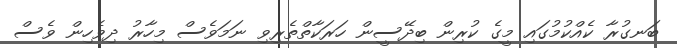
ބަނގުރާ ކެއްކުމުގައި މީގެ ކުރިން ބިދޭސީން ހަރަކާތްތެރިވި ނަމަވެސް މިހާރު ދިވެހިން ވެސް